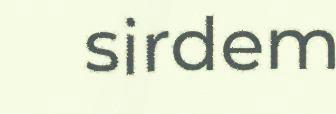
sirdem